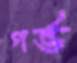
গর্ভ